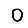
Digit: 0